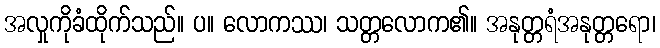
အလှုကိုခံထိုက်သည်။ ပ။ လောကဿ၊ သတ္တလောက၏။ အနုတ္တရံအနုတ္တရော၊